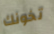
تخونك